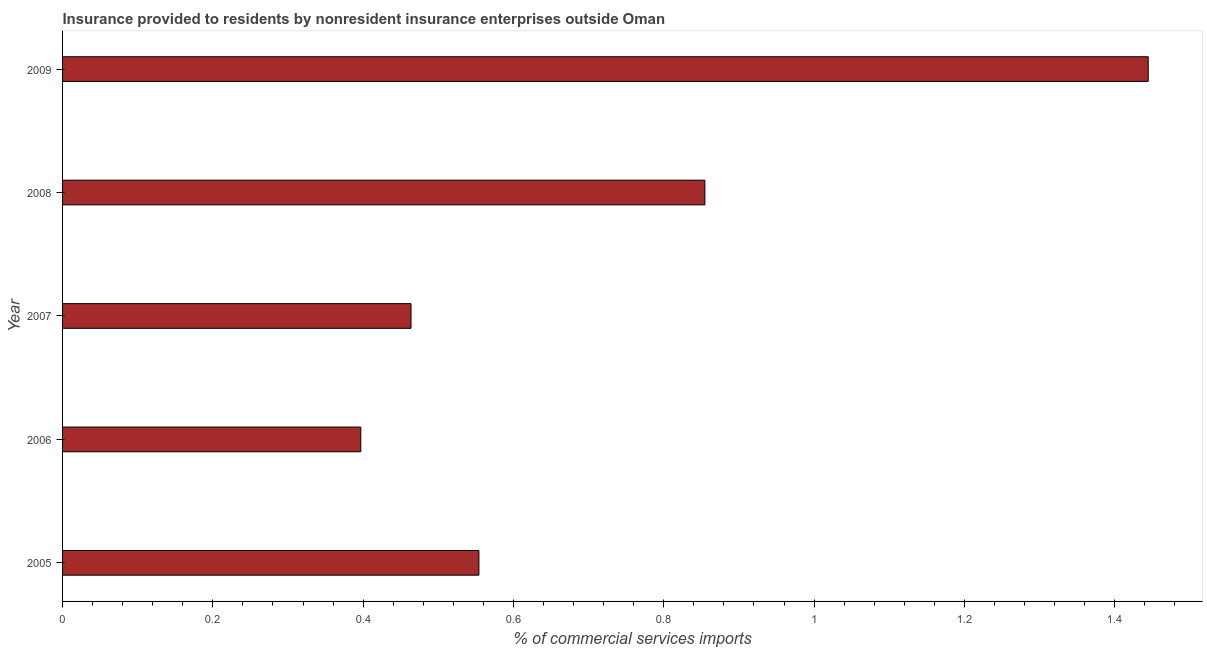
| Year | Insurance provided by non-residents |
 | --- | --- |
 | 2005 | 0.554 |
 | 2006 | 0.397 |
 | 2007 | 0.464 |
 | 2008 | 0.855 |
 | 2009 | 1.44 |